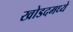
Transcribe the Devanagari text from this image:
खोडदमध्ये